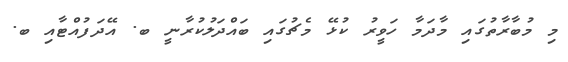
މި މުބާރާތުގައި މާދަމާ ހަވީރު ކުޅޭ މެޗުގައި ބައްދަލުކުރާނީ ބ. އޭދަފުއްޓާއި ބ.